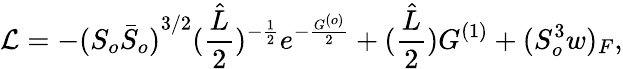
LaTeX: {\cal L}=-{(S_{o}{\bar{S}}_{o})}^{3/2}(\frac{\hat{L}}{2})^{-\frac{1}{2}}e^{-\frac{G^{(o)}}{2}}+(\frac{\hat{L}}{2})G^{(1)}+{(S_{o}^{3}w)_{F}},